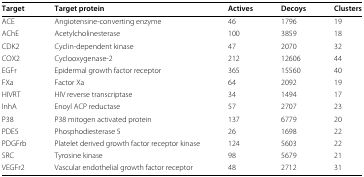
<table><thead><tr><td><b>Target</b></td><td><b>Target protein</b></td><td><b>Actives</b></td><td><b>Decoys</b></td><td><b>Clusters</b></td></tr></thead><tbody><tr><td>ACE</td><td>Angiotensine‐converting enzyme</td><td>46</td><td>1796</td><td>19</td></tr><tr><td>AChE</td><td>Acetylcholinesterase</td><td>100</td><td>3859</td><td>18</td></tr><tr><td>CDK2</td><td>Cyclin‐dependent kinase</td><td>47</td><td>2070</td><td>32</td></tr><tr><td>COX2</td><td>Cyclooxygenase‐2</td><td>212</td><td>12606</td><td>44</td></tr><tr><td>EGFr</td><td>Epidermal growth factor receptor</td><td>365</td><td>15560</td><td>40</td></tr><tr><td>FXa</td><td>Factor Xa</td><td>64</td><td>2092</td><td>19</td></tr><tr><td>HIVRT</td><td>HIV reverse transcriptase</td><td>34</td><td>1494</td><td>17</td></tr><tr><td>InhA</td><td>Enoyl ACP reductase</td><td>57</td><td>2707</td><td>23</td></tr><tr><td>P38</td><td>P38 mitogen activated protein</td><td>137</td><td>6779</td><td>20</td></tr><tr><td>PDE5</td><td>Phosphodiesterase 5</td><td>26</td><td>1698</td><td>22</td></tr><tr><td>PDGFrb</td><td>Platelet derived growth factor receptor kinase</td><td>124</td><td>5603</td><td>22</td></tr><tr><td>SRC</td><td>Tyrosine kinase</td><td>98</td><td>5679</td><td>21</td></tr><tr><td>VEGFr2</td><td>Vascular endothelial growth factor receptor</td><td>48</td><td>2712</td><td>31</td></tr></tbody></table>